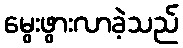
မွေးဖွားလာခဲ့သည်